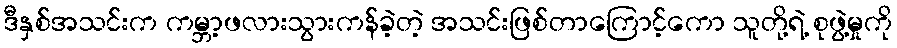
ဒီနှစ်အသင်းက ကမ္ဘာ့ဖလားသွားကန်ခဲ့တဲ့ အသင်းဖြစ်တာကြောင့်ကော သူတို့ရဲ့ စုဖွဲ့မှုကို